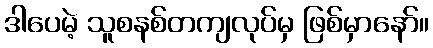
ဒါပေမဲ့ သူစနစ်တကျလုပ်မှ ဖြစ်မှာနော်။